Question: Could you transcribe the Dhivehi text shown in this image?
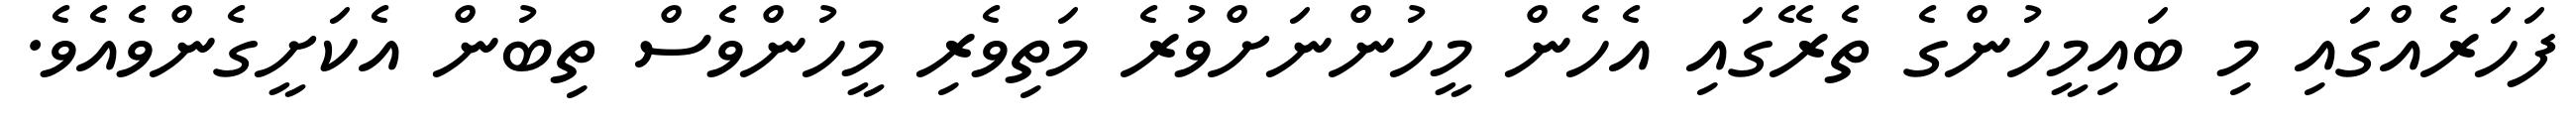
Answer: ފަހަރެއްގައި މި ބައިމީހުންގެ ތެރޭގައި އެހެން މީހުންނަށްވުރެ މަތިވެރި މީހުންވެސް ތިބުން އެކަށީގެންވެއެވެ.